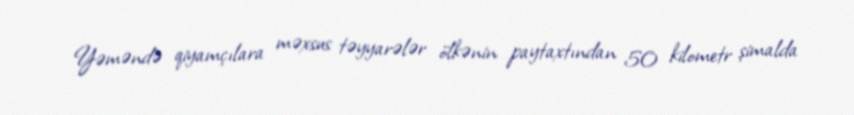
Yəməndə qiyamçılara məxsus təyyarələr ölkənin paytaxtından 50 kilometr şimalda